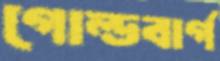
গোল্ডবার্গ